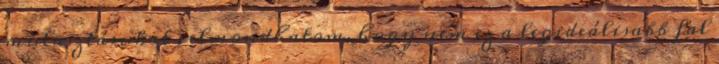
mulasztásukat , elmondhatom, hogy nem ez a legideálisabb fal